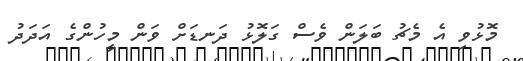
މޮޅުވި އެ މެޗު ބަލަން ވެސް ގަލޮޅު ދަނޑަށް ވަން މީހުންގެ އަދަދު